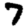
Digit: 7